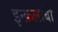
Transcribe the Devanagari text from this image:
इन्क़लाबी